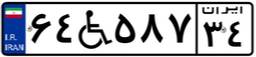
۶۴W۵۸۷۳۴